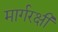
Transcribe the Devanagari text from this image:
मार्गरक्षी